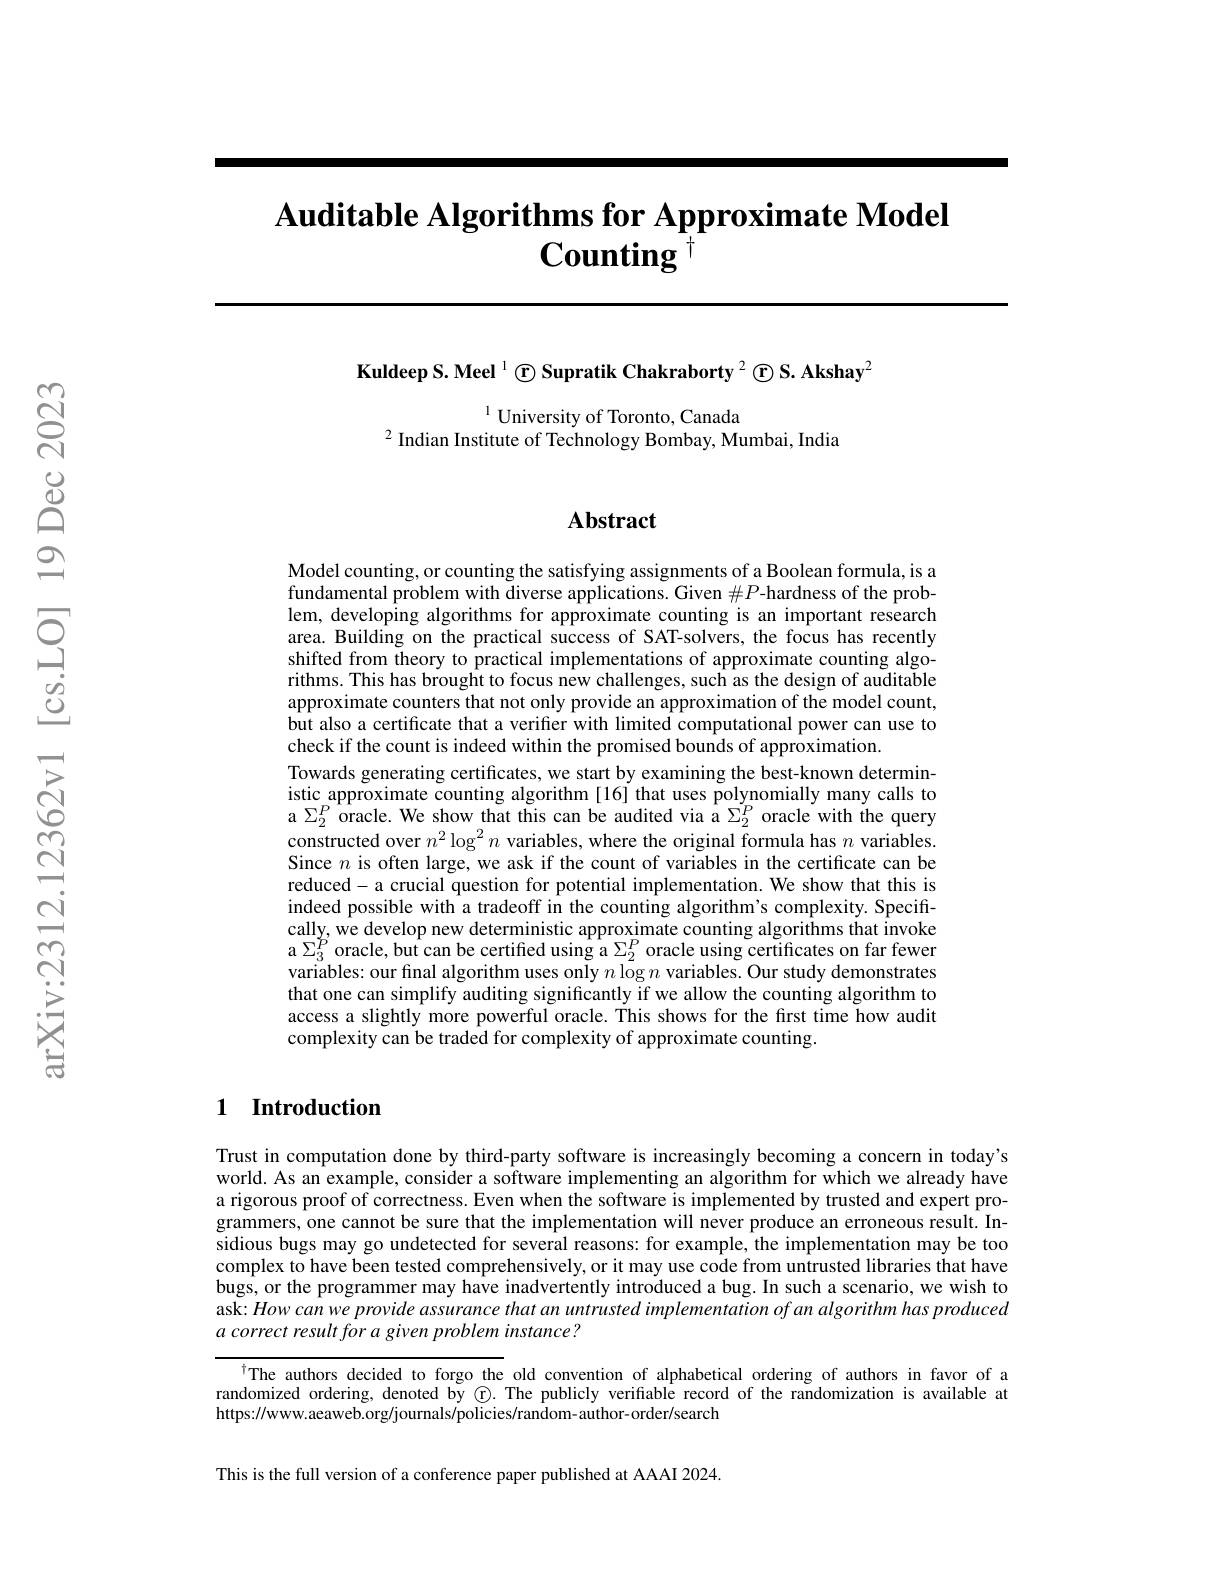
# $\textbf{Auditable Algorithms for Approximate Model}$ $\mathbf{Counting}^{\dagger}$

Kuldeep S. Meel $^{1}\textcircled{\mathrm{r}}$ Supratik Chakraborty $^2\textcircled{\mathrm{r}}\textbf{S.Akshay}^2$

$^{1}$ University of Toronto, Canada
$^{2}$ Indian Institute of Technology Bombay, Mumbai, India

## $\mathbf{Abstract}$

Model counting, or counting the satisfying assignments of a Boolean formula, is a fundamental problem with diverse applications. Given $\#P$-hardness of the problem, developing algorithms for approximate counting is an important research area. Building on the practical success of SAT-solvers, the focus has recently shifted from theory to practical implementations of approximate counting algorithms. This has brought to focus new challenges, such as the design of auditable approximate counters that not only provide an approximation of the model count, but also a certificate that a verifier with limited computational power can use to check if the count is indeed within the promised bounds of approximation.
Towards generating certificates, we start by examining the best-known deterministic approximate counting algorithm [16] that uses polynomially many calls to a $\Sigma_{2}^{P}$ oracle. We show that this can be audited via a $\Sigma_{2}^{P}$ oracle with the query $\bar{\text{constructed over }n^2\log^2n}$ variables, where the original formula has $n$ variables. Since $n$ is often large, we ask if the count of variables in the certificate can be reduced- a crucial question for potential implementation. We show that this is indeed possible with a tradeoff in the counting algorithm's complexity. Specifically, we develop new deterministic approximate counting algorithms that invoke a $\Sigma_{3}^{\breve{P}}$oracle, but can be certified using a $\Sigma_2^P$ oracle using certificates on far fewer variables: our final algorithm uses only $n\log n$ variables. Our study demonstrates that one can simplify auditing significantly if we allow the counting algorithm to access a slightly more powerful oracle. This shows for the first time how audit complexity can be traded for complexity of approximate counting.

### 1 Introduction

Trust in computation done by third-party software is increasingly becoming a concern in today's world. As an example, consider a software implementing an algorithm for which we already have a rigorous proof of correctness. Even when the software is implemented by trusted and expert programmers, one cannot be sure that the implementation will never produce an erroneous result. Insidious bugs may go undetected for several reasons: for example, the implementation may be too complex to have been tested comprehensively, or it may use code from untrusted libraries that have bugs, or the programmer may have inadvertently introduced a bug. In such a scenario, we wish to ask: How can we provide assurance that an untrusted implementation of an algorithm has produced a correct result for a given problem instance?

$^{\dagger}$The authors decided to forgo the old convention of alphabetical ordering of authors in favor of a randomized ordering, denoted by $\textcircled{\mathrm{r}}$ The publicly verifiable record of the randomization is available at https://www.aeaweb.org/journals/policies/random-author-order/search

This is the full version of a conference paper published at AAAI 2024.